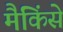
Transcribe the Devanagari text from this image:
मैकिंसे